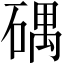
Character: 𥔘